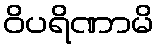
ဝိပရိဏာမိ